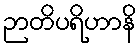
ဉာတိပရိဟာနိ